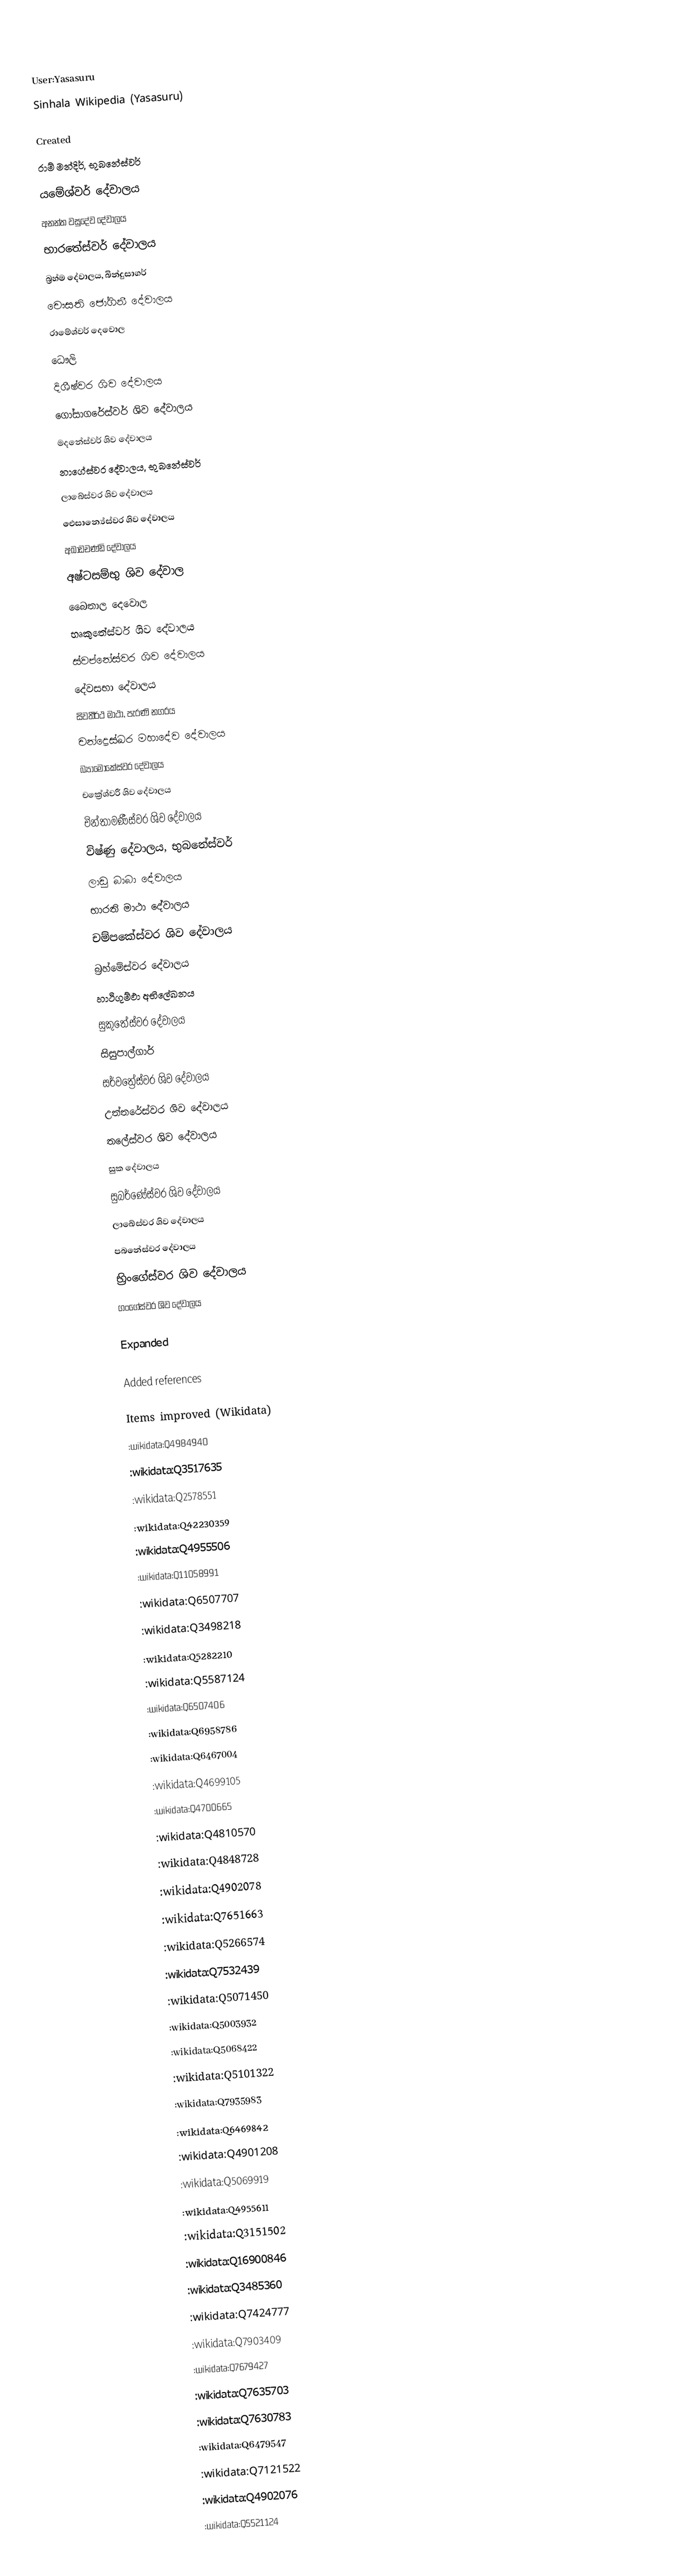

User:Yasasuru
Sinhala Wikipedia (Yasasuru)

 Created
 රාම් මන්දිර්, භුබනේස්වර්
 යමේශ්වර් දේවාලය
 අනන්ත වසුදේව දේවාලය
 භාරතේස්වර් දේවාලය
 බ්‍රහ්ම දේවාලය, බින්දුසාගර්
 චෞසති ජෝගිනී දේවාලය
 රාමේශ්වර් දෙවොල
 ධෞලි
 දිශීෂ්වර ශිව දේවාලය
 ගෝසාගරේස්වර් ශිව දේවාලය
 මදනේස්වර් ශිව දේවාලය
 නාගේස්වර දේවාලය, භුබනේස්වර්
 ලාබේස්වර ශිව දේවාලය
 ඓසාන්‍යේස්වර ශිව දේවාලය
 අඛාඩචණ්ඩි දේවාලය
 අෂ්ටසම්භු ශිව දේවාල
 බෛතාල දෙවොල
 භෘකුතේස්වර් ශිව දේවාලය
 ස්වප්නේස්වර ශිව දේවාලය
 දේවසභා දේවාලය
 සිවතීර්ථ මාථා, පැරණි නගරය
 චන්ද්‍රෙස්ඛර මහාදේව දේවාලය
 බ්‍යාමෝකේස්වර දේවාලය
 චක්‍රේශ්වරී ශිව දේවාලය
 චින්තාමණීස්වර ශිව දේවාලය
 විෂ්ණු දේවාලය, භුබනේස්වර්
 ලාඩු බාබා දේවාලය
 භාරති මාථා දේවාලය
 චම්පකේස්වර ශිව දේවාලය
 බ්‍රහ්මේස්වර දේවාලය
 හාථිගුම්ඵා අභිලේඛනය
 සුකුතේස්වර දේවාලය
 සිසුපාල්ගාර්
 සර්වත්‍රේස්වර ශිව දේවාලය
 උත්තරේස්වර ශිව දේවාලය
 තලේස්වර ශිව දේවාලය
 සුක දේවාලය
 සුබර්ණේස්වර ශිව දේවාලය
 ලාඛේස්වර ශිව දේවාලය
 පබනේස්වර දේවාලය
 භ්‍රිංගේස්වර ශිව දේවාලය
 ගංගේස්වර ශිව දේවාලය

Expanded

 Added references

 Items improved (Wikidata)
:wikidata:Q4984940
:wikidata:Q3517635
:wikidata:Q2578551
:wikidata:Q42230359
:wikidata:Q4955506
:wikidata:Q11058991
:wikidata:Q6507707
:wikidata:Q3498218
:wikidata:Q5282210
:wikidata:Q5587124
:wikidata:Q6507406
:wikidata:Q6958786
:wikidata:Q6467004
:wikidata:Q4699105
:wikidata:Q4700665
:wikidata:Q4810570
:wikidata:Q4848728
:wikidata:Q4902078
:wikidata:Q7651663
:wikidata:Q5266574
:wikidata:Q7532439
:wikidata:Q5071450
 :wikidata:Q5003932
 :wikidata:Q5068422
 :wikidata:Q5101322
 :wikidata:Q7935983
 :wikidata:Q6469842
 :wikidata:Q4901208
 :wikidata:Q5069919
 :wikidata:Q4955611
 :wikidata:Q3151502
 :wikidata:Q16900846
 :wikidata:Q3485360
 :wikidata:Q7424777
 :wikidata:Q7903409
 :wikidata:Q7679427
 :wikidata:Q7635703
 :wikidata:Q7630783
 :wikidata:Q6479547
 :wikidata:Q7121522
 :wikidata:Q4902076
 :wikidata:Q5521124